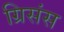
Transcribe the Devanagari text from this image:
ग्रिसंस